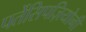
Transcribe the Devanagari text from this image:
पर्तेसिपज़ियोनी